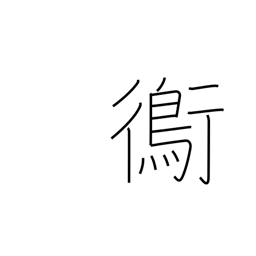
Meaning: plover